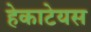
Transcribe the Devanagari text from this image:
हेकाटेयस